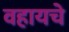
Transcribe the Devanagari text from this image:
वहायचे